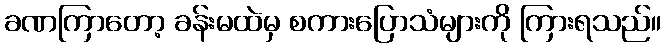
ခဏကြာတော့ ခန်းမထဲမှ စကားပြောသံများကို ကြားရသည်။